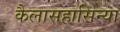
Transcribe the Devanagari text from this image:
कैलासहासिन्या